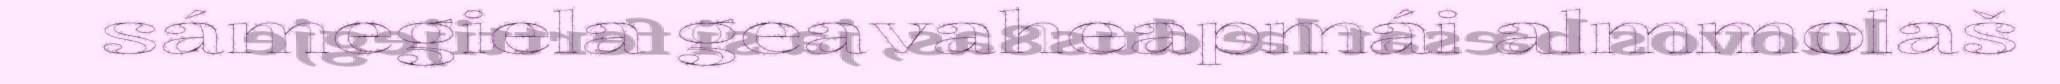
sámegiela geavaheapmái almmolaš